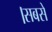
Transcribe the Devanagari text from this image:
।सबसे